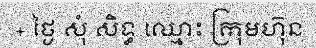
+ ថ្ងៃ សុំ សិទ្ធ ឈ្មោះ ក្រុមហ៊ុន